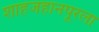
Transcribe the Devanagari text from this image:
शाहजहानपूरला